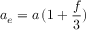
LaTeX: a _ { e } = a \, ( 1 + { \frac { f } { 3 } } )